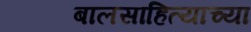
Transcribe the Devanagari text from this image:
बालसाहित्याच्या